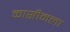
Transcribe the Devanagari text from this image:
कासीमला